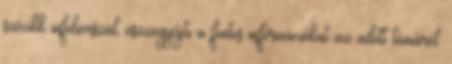
szócikk infoboxszal, öszzegyűjti a fontos információkat az adott témáról.